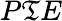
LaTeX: {P\mathfrak{T}E}